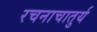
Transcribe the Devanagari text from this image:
रचनाचातुर्य